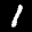
Label: 1